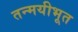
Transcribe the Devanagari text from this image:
तन्मयीभूत